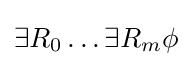
\exists R_{0}\ldots \exists R_{m}\phi